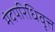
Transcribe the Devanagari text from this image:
मंदपरिधिवृत्त